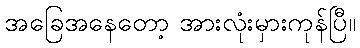
အခြေအနေတော့ အားလုံးမှားကုန်ပြီ။